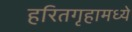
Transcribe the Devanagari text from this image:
हरितगृहामध्ये